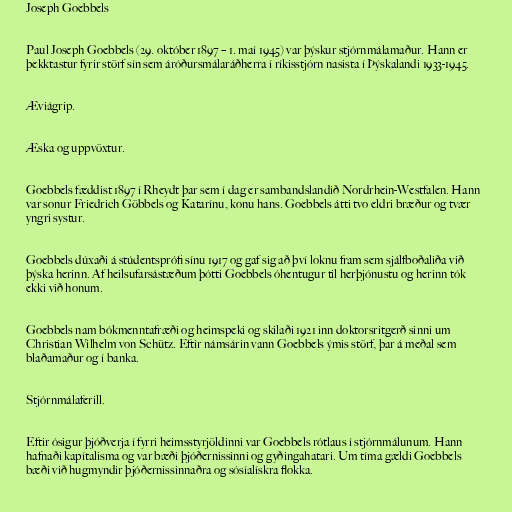
Joseph Goebbels

Paul Joseph Goebbels (29. október 1897 – 1. maí 1945) var þýskur stjórnmálamaður. Hann er
þekktastur fyrir störf sín sem áróðursmálaráðherra í ríkisstjórn nasista í Þýskalandi 1933-1945.

Æviágrip.

Æska og uppvöxtur.

Goebbels fæddist 1897 í Rheydt þar sem í dag er sambandslandið Nordrhein-Westfalen. Hann
var sonur Friedrich Göbbels og Katarínu, konu hans. Goebbels átti tvo eldri bræður og tvær
yngri systur.

Goebbels dúxaði á stúdentsprófi sínu 1917 og gaf sig að því loknu fram sem sjálfboðaliða við
þýska herinn. Af heilsufarsástæðum þótti Goebbels óhentugur til herþjónustu og herinn tók
ekki við honum.

Goebbels nam bókmenntafræði og heimspeki og skilaði 1921 inn doktorsritgerð sinni um
Christian Wilhelm von Schütz. Eftir námsárin vann Goebbels ýmis störf, þar á meðal sem
blaðamaður og í banka.

Stjórnmálaferill.

Eftir ósigur þjóðverja í fyrri heimsstyrjöldinni var Goebbels rótlaus í stjórnmálunum. Hann
hafnaði kapítalisma og var bæði þjóðernissinni og gyðingahatari. Um tíma gældi Goebbels
bæði við hugmyndir þjóðernissinnaðra og sósíalískra flokka.